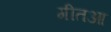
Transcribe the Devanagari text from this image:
गीतआ